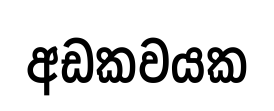
අඩකවයක